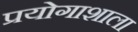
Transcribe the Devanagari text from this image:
प्रयोगाशाला